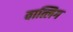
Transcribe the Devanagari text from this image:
वात्लिग